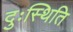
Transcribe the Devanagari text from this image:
दुःस्थिति